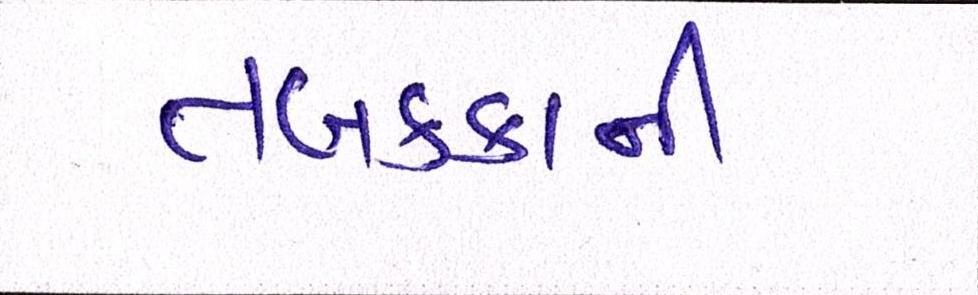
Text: તબક્કાની